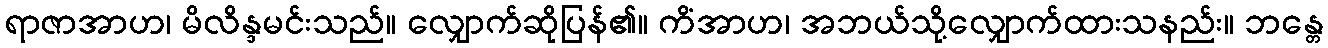
ရာဇာအာဟ၊ မိလိန္ဒမင်းသည်။ လျှောက်ဆိုပြန်၏။ ကိံအာဟ၊ အဘယ်သို့လျှောက်ထားသနည်း။ ဘန္တေ